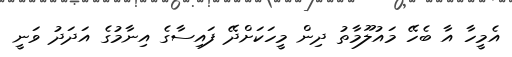
އެމީހާ އާ ބެހޭ މައުލޫމާތު ދިން މީހަކަށްދޭ ފައިސާގެ އިނާމުގެ އަދަދު ވަނީ